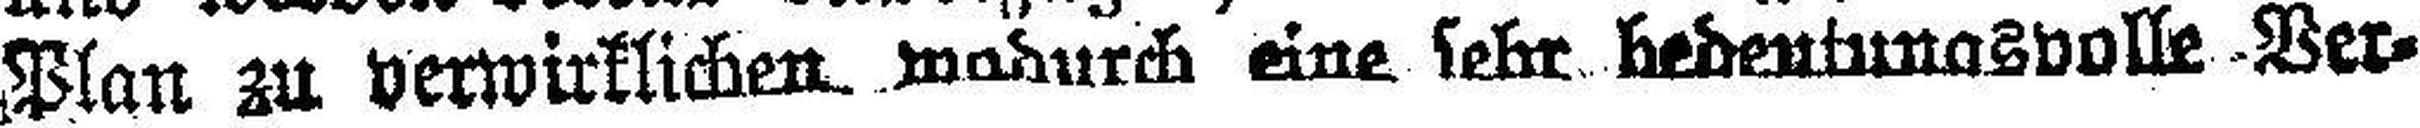
Plan zu verwirklichen madurch eine sehr bedentunasvolle Ver¬